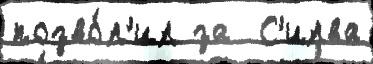
позво́л'ил за  С'илва